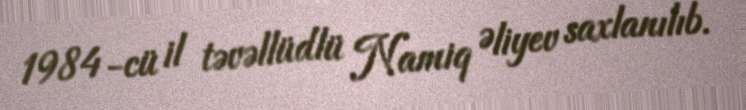
1984-cü il təvəllüdlü Namiq Əliyev saxlanılıb.